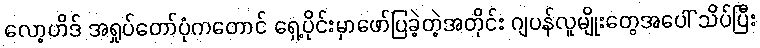
လော့ဟိဒ် အရှုပ်တော်ပုံကတောင် ရှေ့ပိုင်းမှာဖော်ပြခဲ့တဲ့အတိုင်း ဂျပန်လူမျိုးတွေအပေါ် သိပ်ပြီး